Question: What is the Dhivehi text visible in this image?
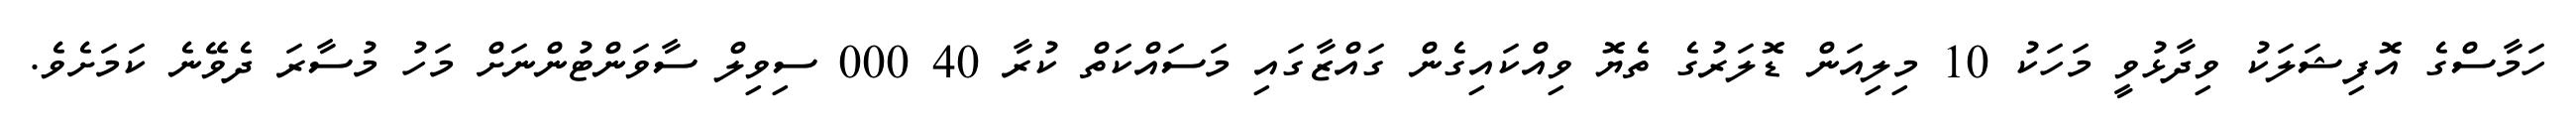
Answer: ހަމާސްގެ އޮފިޝަލަކު ވިދާޅުވީ މަހަކު 10 މިލިއަން ޑޮލަރުގެ ތެޔޮ ވިއްކައިގެން ގައްޒާގައި މަސައްކަތް ކުރާ 40 000 ސިވިލް ސާވަންޓުންނަށް މަހު މުސާރަ ދެވޭނެ ކަމަށެވެ.